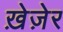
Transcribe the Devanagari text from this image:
ख़ेज़ेर